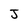
Character: J